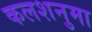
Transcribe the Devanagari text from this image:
कलशनुमा